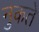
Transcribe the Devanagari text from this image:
नुकते